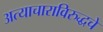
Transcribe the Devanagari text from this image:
अत्याचाराविरुद्धचे